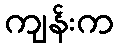
ကျန်းက